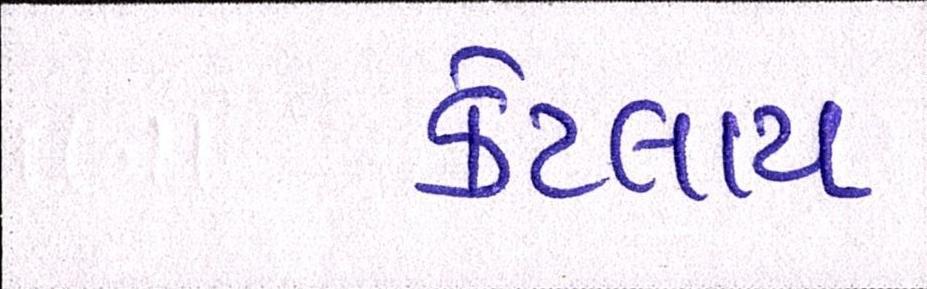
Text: કેટલાય